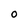
Character: O